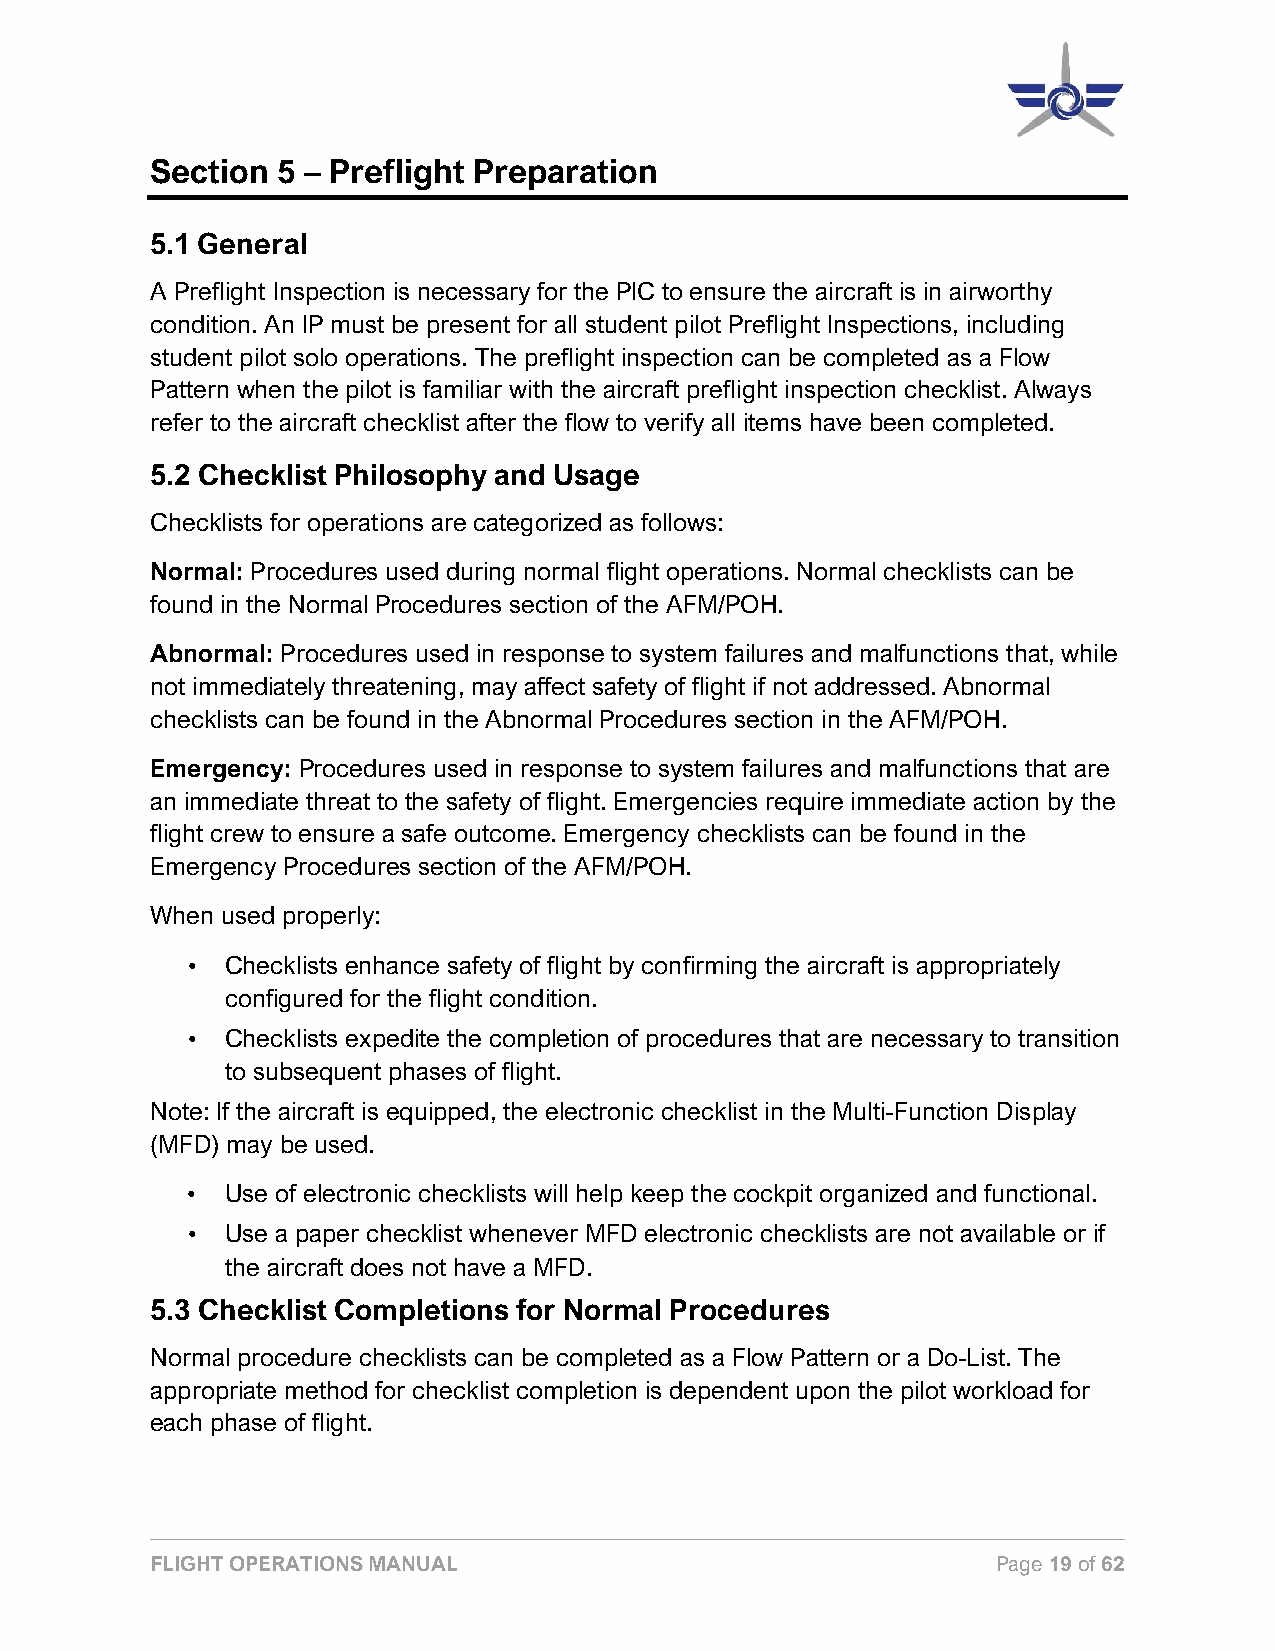
Section 5 – Preflight Preparation
 5.1 General
 A Preflight Inspection is necessary for the PIC to ensure the aircraft is in airworthy
 condition. An IP must be present for all student pilot Preflight Inspections, including
 student pilot solo operations. The preflight inspection can be completed as a Flow
 Pattern when the pilot is familiar with the aircraft preflight inspection checklist. Always
 refer to the aircraft checklist after the flow to verify all items have been completed.
 5.2 Checklist Philosophy and Usage
 Checklists for operations are categorized as follows:
 Normal: Procedures used during normal flight operations. Normal checklists can be
 found in the Normal Procedures section of the AFM/POH.
 Abnormal: Procedures used in response to system failures and malfunctions that, while
 not immediately threatening, may affect safety of flight if not addressed. Abnormal
 checklists can be found in the Abnormal Procedures section in the AFM/POH.
 Emergency: Procedures used in response to system failures and malfunctions that are
 an immediate threat to the safety of flight. Emergencies require immediate action by the
 flight crew to ensure a safe outcome. Emergency checklists can be found in the
 Emergency Procedures section of the AFM/POH.
 When used properly:
 •  Checklists enhance safety of flight by confirming the aircraft is appropriately
 configured for the flight condition.
 •  Checklists expedite the completion of procedures that are necessary to transition
 to subsequent phases of flight.
 Note: If the aircraft is equipped, the electronic checklist in the Multi-Function Display
 (MFD) may be used.
 •  Use of electronic checklists will help keep the cockpit organized and functional.
 •  Use a paper checklist whenever MFD electronic checklists are not available or if
 the aircraft does not have a MFD.
 5.3 Checklist Completions for Normal Procedures
 Normal procedure checklists can be completed as a Flow Pattern or a Do-List. The
 appropriate method for checklist completion is dependent upon the pilot workload for
 each phase of flight.
 FLIGHT OPERATIONS MANUAL                                Page 19 of 62